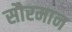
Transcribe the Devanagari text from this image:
सौरमान